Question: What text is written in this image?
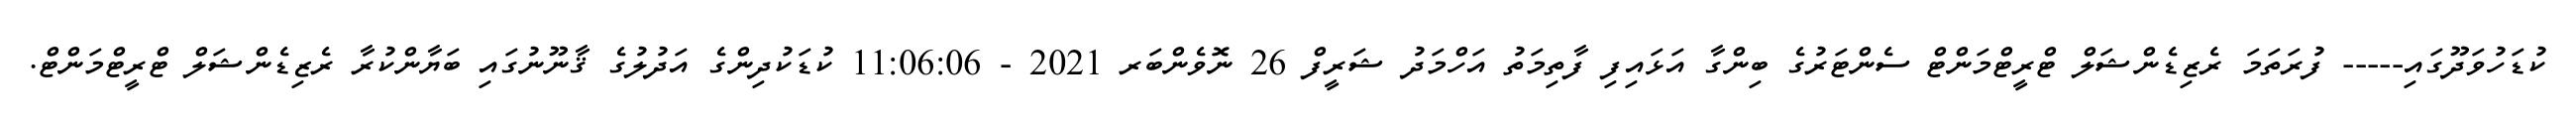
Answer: ކުޑަހުވަދޫގައި----- ފުރަތަމަ ރެޒިޑެންޝަލް ޓްރީޓްމަންޓް ސެންޓަރުގެ ބިންގާ އަޅައިފި ފާތިމަތު އަހްމަދު ޝަރީފް 26 ނޮވެންބަރ 2021 - 11:06:06 ކުޑަކުދިންގެ އަދުލުގެ ޤާނޫނުގައި ބަޔާންކުރާ ރެޒިޑެންޝަލް ޓްރީޓްމަންޓް.